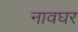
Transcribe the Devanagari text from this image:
नावघर